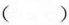
()